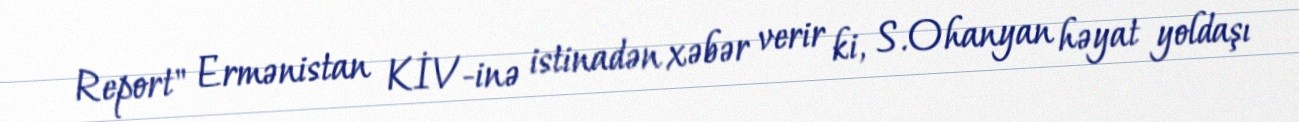
Report" Ermənistan KİV-inə istinadən xəbər verir ki, S.Ohanyan həyat yoldaşı